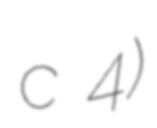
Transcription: c 4)